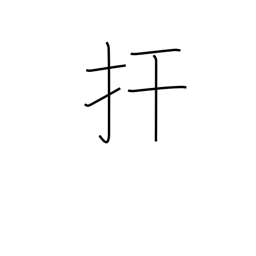
Meaning: restrain